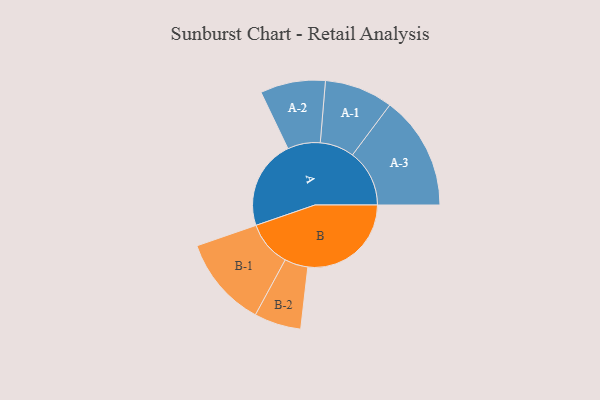
{"axis": {"x": "Segment", "y": "Value"}, "legend": ["", "A", "B"], "data": [{"x": "A", "y": 381, "type": ""}, {"x": "B", "y": 441, "type": ""}, {"x": "A-1", "y": 146, "type": "A"}, {"x": "A-2", "y": 139, "type": "A"}, {"x": "A-3", "y": 243, "type": "A"}, {"x": "B-1", "y": 194, "type": "B"}, {"x": "B-2", "y": 100, "type": "B"}]}